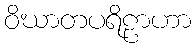
ဝိဃာတပရိဠာဟာ